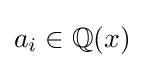
a_{i}\in \mathbb {Q} (x)